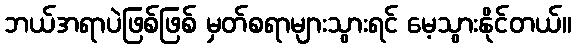
ဘယ်အရာပဲဖြစ်ဖြစ် မှတ်စရာများသွားရင် မေ့သွားနိုင်တယ်။